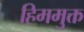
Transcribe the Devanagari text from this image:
हिममुक्त